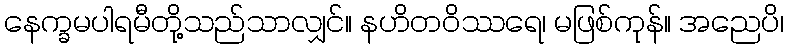
နေက္ခမပါရမီတို့သည်သာလျှင်။ နဟိတဝိဿရေ၊ မဖြစ်ကုန်။ အညေပိ၊